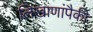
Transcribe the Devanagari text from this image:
लिखाणांपैकी